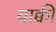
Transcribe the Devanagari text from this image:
याक्वी